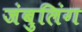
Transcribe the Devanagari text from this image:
जंबुलिंग